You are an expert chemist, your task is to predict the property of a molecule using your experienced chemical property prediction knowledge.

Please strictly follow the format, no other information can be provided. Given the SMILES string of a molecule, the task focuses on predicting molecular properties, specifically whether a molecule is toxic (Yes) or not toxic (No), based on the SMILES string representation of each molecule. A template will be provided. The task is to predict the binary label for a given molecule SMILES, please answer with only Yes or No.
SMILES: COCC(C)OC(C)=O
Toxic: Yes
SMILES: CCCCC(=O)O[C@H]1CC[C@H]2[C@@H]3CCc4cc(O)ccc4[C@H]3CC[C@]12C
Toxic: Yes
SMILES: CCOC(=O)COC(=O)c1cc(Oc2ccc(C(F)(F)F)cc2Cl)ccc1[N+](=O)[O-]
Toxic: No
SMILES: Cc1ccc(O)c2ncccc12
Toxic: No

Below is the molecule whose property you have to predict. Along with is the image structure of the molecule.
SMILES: O=C(O)Cc1cccc2ccccc12
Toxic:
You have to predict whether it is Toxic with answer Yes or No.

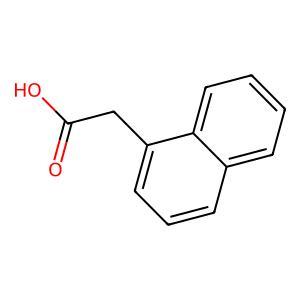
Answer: No